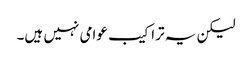
لیکن یہ تراکیب عوامی نہیں ہیں۔